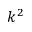
k ^ { 2 }